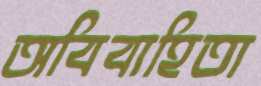
অবিবাহিতা